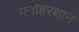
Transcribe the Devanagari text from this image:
मनोहरथान